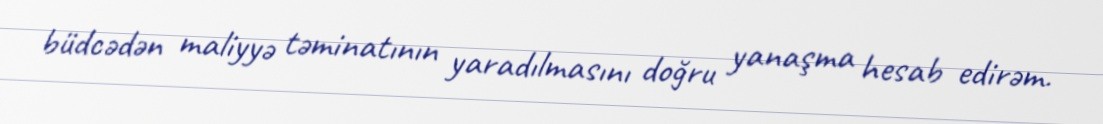
büdcədən maliyyə təminatının yaradılmasını doğru yanaşma hesab edirəm.